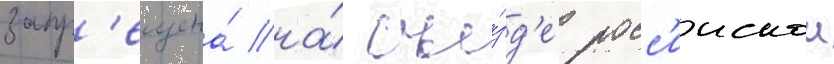
запр'ещена́ на́ съе́зд'е росс'иискои